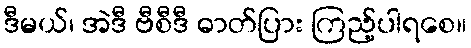
ဒီမယ်၊ အဲဒီ ဗီစီဒီ ဓာတ်ပြား ကြည့်ပါရစေ။